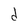
Character: d